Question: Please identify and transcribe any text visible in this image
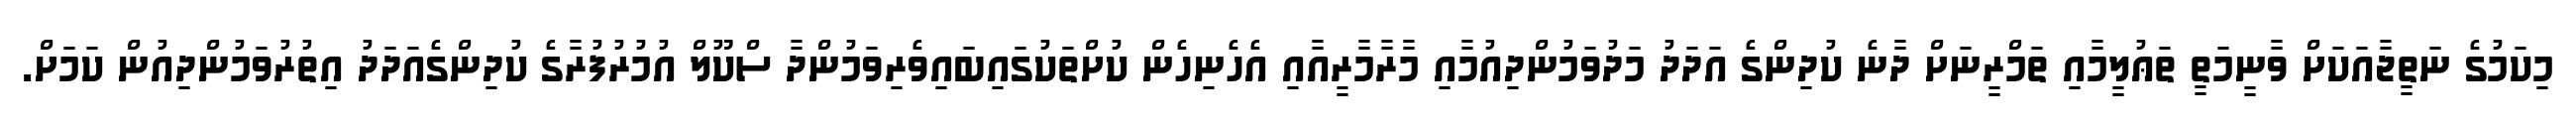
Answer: މިކަމުގެ ނަތީޖާއަކަށް ވާނީމަތީ ތަޢުލީމާއި ތަމްރީނަށް ދާނެ ކުދިންގެ އަދަދު މަދުވަމުންދިއުމާއި މާރާމާރީއާއި އެހެނިހެން ކުށްތަކުގައިބައިވެރިވަމުންދާ ސްކޫލް އުމުރުފުރާގެ ކުދިންގެއަދަދު އިތުރުވަމުންދިއުން ކަމަށް.